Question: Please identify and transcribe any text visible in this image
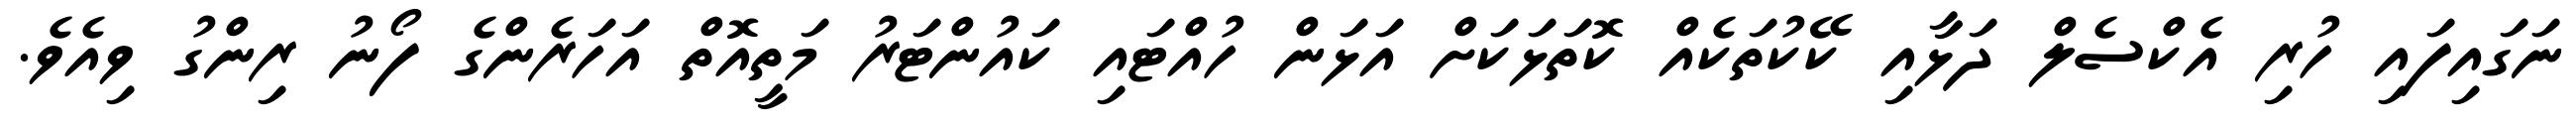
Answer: ނަގައިފައި ހުރި އެކްސެލް ދަޅާއި ކޭކުތަކެއް ކޮތަޅަކަށް އަޅަން ހުއްޓައި ކައުންޓަރު މަތީއޮތް އަހަރެންގެ ފޯނު ރިންގު ވިއެވެ.